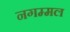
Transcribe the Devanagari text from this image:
नगम्मल